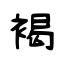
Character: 褐